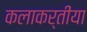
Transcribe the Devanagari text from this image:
कलाकर्तीया